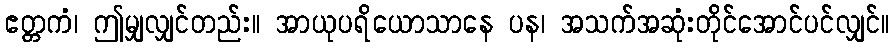
ဧတ္တကံ၊ ဤမျှလျှင်တည်း။ အာယုပရိယောသာနေ ပန၊ အသက်အဆုံးတိုင်အောင်ပင်လျှင်။